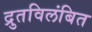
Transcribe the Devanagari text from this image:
द्रुतविलंबित